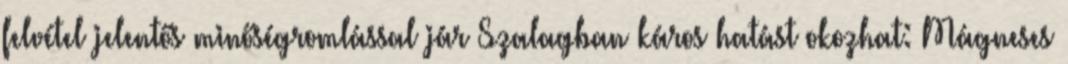
felvétel jelentős minőségromlással jár Szalagban káros hatást okozhat: Mágneses